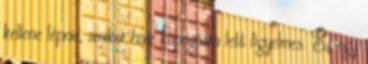
kellene lépnie, amikor halk kopogásra lett figyelmes. Ez egy